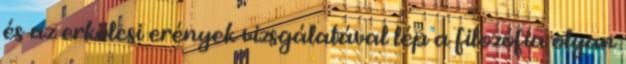
és az erkölcsi erények vizsgálatával lép a filozófia olyan